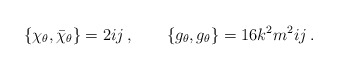
\begin{align*}\left\{ \chi_{\theta}, \bar\chi_{\theta} \right\} =2ij \, , \qquad\left\{ g_{\theta}, g_{\theta} \right\} =16 k^2 m^2 ij \, .\end{align*}